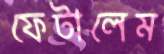
ফেটালেম